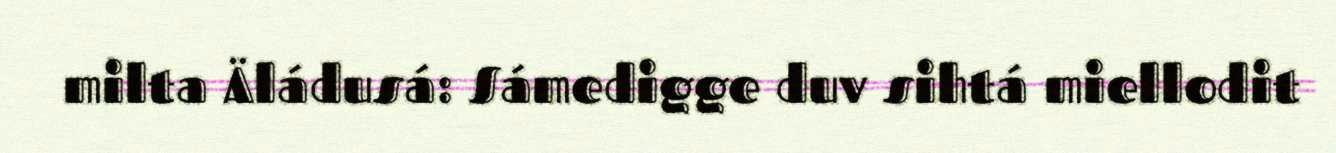
milta Äládusá: Sámedigge duv sihtá miellodit